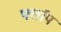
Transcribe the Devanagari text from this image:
फ्लाॅप